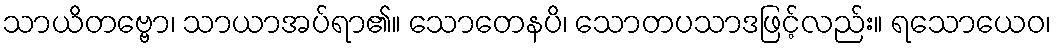
သာယိတဗ္ဗော၊ သာယာအပ်ရာ၏။ သောတေနပိ၊ သောတပသာဒဖြင့်လည်း။ ရသောယေဝ၊